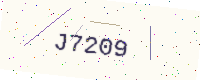
Text: J7209